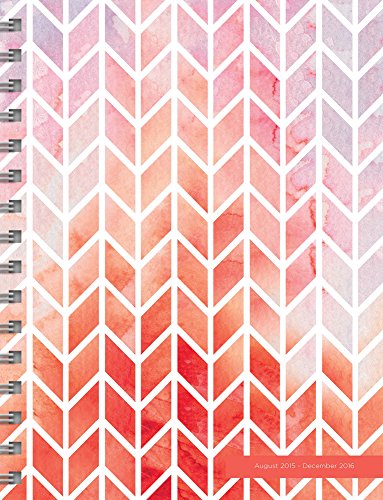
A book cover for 2016 Patterns 17 Month Spiral Planner; TF Publishing; Calendars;